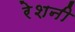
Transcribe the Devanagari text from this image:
रेशनी